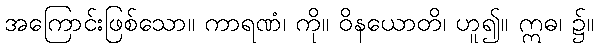
အကြောင်းဖြစ်သော။ ကာရဏံ၊ ကို။ ဝိနယောတိ၊ ဟူ၍။ ဣဓ၊ ၌။